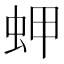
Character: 䖬